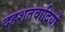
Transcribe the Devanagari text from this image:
दहशतवादियों